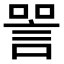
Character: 𬢧